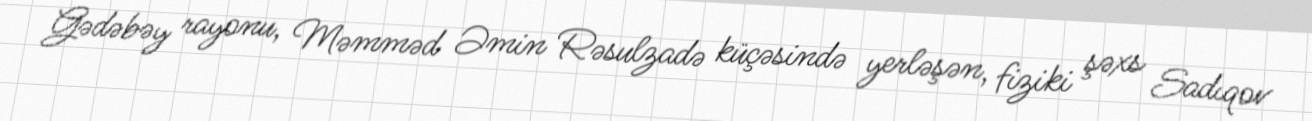
Gədəbəy rayonu, Məmməd Əmin Rəsulzadə küçəsində yerləşən, fiziki şəxs Sadıqov